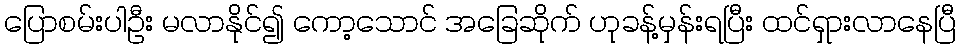
ပြောစမ်းပါဦး မလာနိုင်၍ ကော့သောင် အခြေဆိုက် ဟုခန့်မှန်းရပြီး ထင်ရှားလာနေပြီ